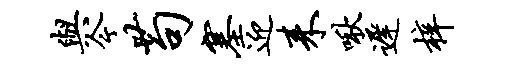
与今苟塞迎耒啾迟梓